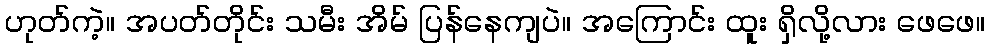
ဟုတ်ကဲ့။ အပတ်တိုင်း သမီး အိမ် ပြန်နေကျပဲ။ အကြောင်း ထူး ရှိလို့လား ဖေဖေ။